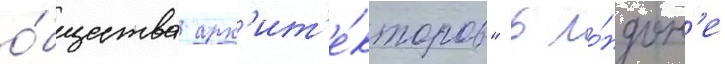
о́бщества арх'ит'е́кторов" в ло́ндон'е